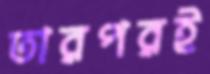
তারপরই